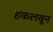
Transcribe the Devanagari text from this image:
हकलवून